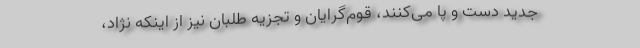
جدید دست و پا می‌کنند، قوم‌گرایان و تجزیه طلبان نیز از اینکه نژاد،